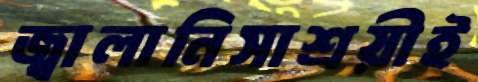
জ্বালানিসাশ্রয়ীই